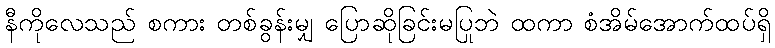
နီကိုလေသည် စကား တစ်ခွန်းမျှ ပြောဆိုခြင်းမပြုဘဲ ထကာ စံအိမ်အောက်ထပ်ရှိ